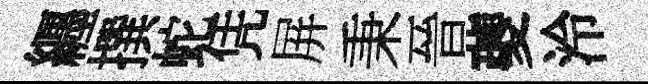
纒撰蛇凭屏秉晉夔泠